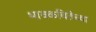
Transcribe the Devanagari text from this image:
भावकवितेच्या